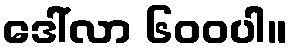
ဒေါ်လာ ၆၀၀ပါ။